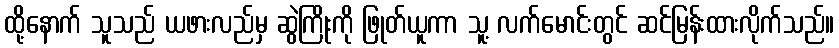
ထို့နောက် သူသည် ယဖားလည်မှ ဆွဲကြိုးကို ဖြုတ်ယူကာ သူ့ လက်မောင်းတွင် ဆင်မြန်းထားလိုက်သည်။